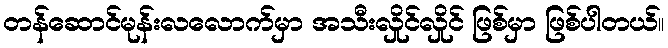
တန်ဆောင်မုန်းလလောက်မှာ အသီးလှိုင်လှိုင် ဖြစ်မှာ ဖြစ်ပါတယ်။